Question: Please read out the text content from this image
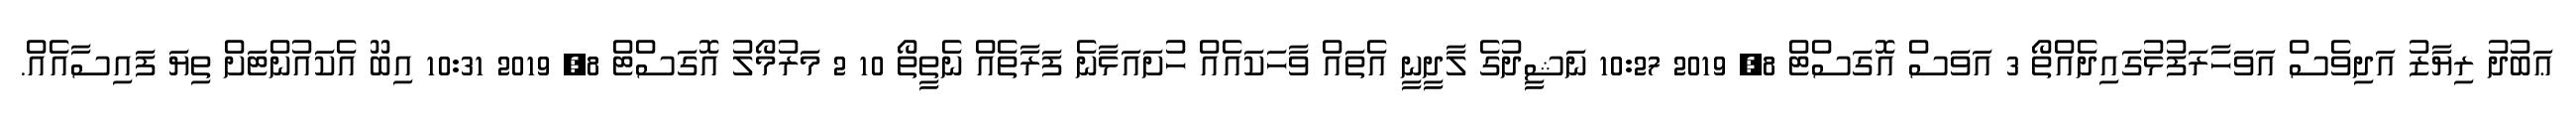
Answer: ޢަބުދު ރިޔާޒު އަދިވެސް އަވަހާރަފުޅުގައިދެއްތޯ 3 އަވަސް އޮގަސްޓް 8, 2019 10:27 ނަޝީދުގެ ލާދީނީ އެތައް ވާހަކައެއް ހުށައަޅާނެ ފަރާތެއް ނެތީތޯ 10 2 މަރުމޯލު އޮގަސްޓް 8, 2019 10:31 އިބޫ އެކައުންޓަށް ތިޔަ ފައިސާއެއް.